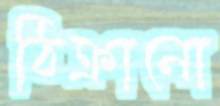
ঠিক্‌রানো